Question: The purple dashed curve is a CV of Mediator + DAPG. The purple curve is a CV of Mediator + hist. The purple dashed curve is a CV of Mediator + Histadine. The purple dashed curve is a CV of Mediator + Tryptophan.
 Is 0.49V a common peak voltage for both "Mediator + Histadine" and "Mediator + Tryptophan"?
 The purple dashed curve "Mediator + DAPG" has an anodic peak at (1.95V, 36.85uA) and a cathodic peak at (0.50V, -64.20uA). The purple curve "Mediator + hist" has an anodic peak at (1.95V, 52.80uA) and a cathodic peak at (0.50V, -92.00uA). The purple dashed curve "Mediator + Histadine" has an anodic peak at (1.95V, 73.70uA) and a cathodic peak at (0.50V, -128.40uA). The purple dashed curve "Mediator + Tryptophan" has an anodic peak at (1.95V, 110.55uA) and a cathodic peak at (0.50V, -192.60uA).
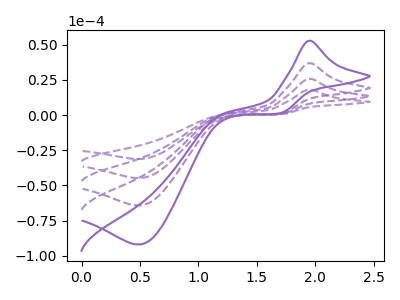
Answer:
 <answer>Yes, "Mediator + Histadine" and "Mediator + Tryptophan" share a peak at 0.49V.</answer>
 <eval>match</eval>